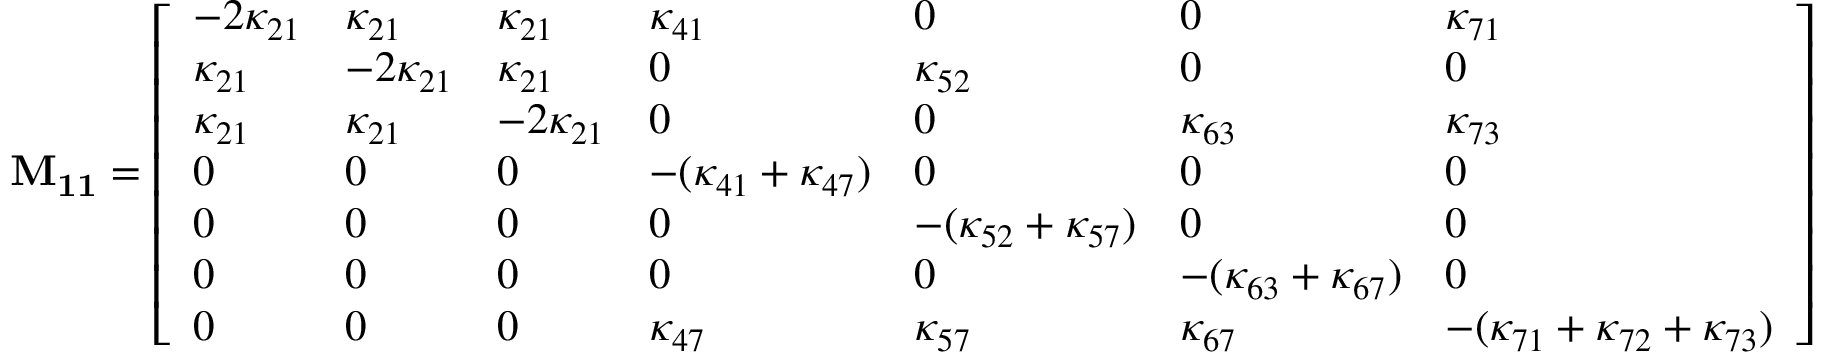
\mathbf { M _ { 1 1 } } = \left[ \begin{array} { l l l l l l l } { - 2 \kappa _ { 2 1 } } & { \kappa _ { 2 1 } } & { \kappa _ { 2 1 } } & { \kappa _ { 4 1 } } & { 0 } & { 0 } & { \kappa _ { 7 1 } } \\ { \kappa _ { 2 1 } } & { - 2 \kappa _ { 2 1 } } & { \kappa _ { 2 1 } } & { 0 } & { \kappa _ { 5 2 } } & { 0 } & { 0 } \\ { \kappa _ { 2 1 } } & { \kappa _ { 2 1 } } & { - 2 \kappa _ { 2 1 } } & { 0 } & { 0 } & { \kappa _ { 6 3 } } & { \kappa _ { 7 3 } } \\ { 0 } & { 0 } & { 0 } & { - ( \kappa _ { 4 1 } + \kappa _ { 4 7 } ) } & { 0 } & { 0 } & { 0 } \\ { 0 } & { 0 } & { 0 } & { 0 } & { - ( \kappa _ { 5 2 } + \kappa _ { 5 7 } ) } & { 0 } & { 0 } \\ { 0 } & { 0 } & { 0 } & { 0 } & { 0 } & { - ( \kappa _ { 6 3 } + \kappa _ { 6 7 } ) } & { 0 } \\ { 0 } & { 0 } & { 0 } & { \kappa _ { 4 7 } } & { \kappa _ { 5 7 } } & { \kappa _ { 6 7 } } & { - ( \kappa _ { 7 1 } + \kappa _ { 7 2 } + \kappa _ { 7 3 } ) } \end{array} \right]